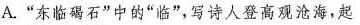
A.”东临碣石”中的”临”，写诗人登高观沧海，起